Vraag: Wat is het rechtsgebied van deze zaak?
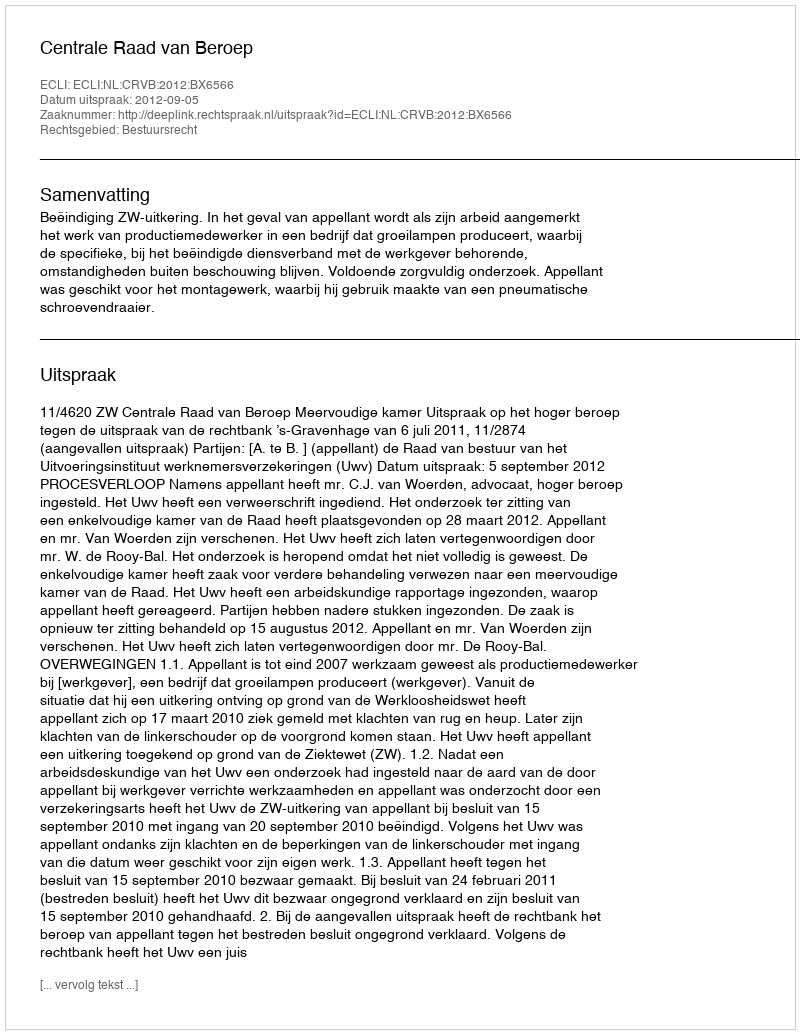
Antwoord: Bestuursrecht